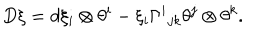
D \xi = d \xi _ { i } \otimes \theta ^ { i } - \xi _ { i } \Gamma ^ { i } { } _ { j k } \theta ^ { j } \otimes \theta ^ { k } .